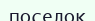
поселок